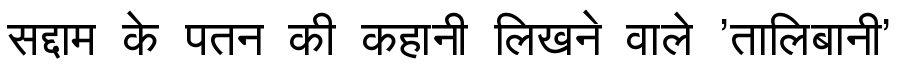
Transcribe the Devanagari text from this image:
सद्दाम के पतन की कहानी लिखने वाले 'तालिबानी'